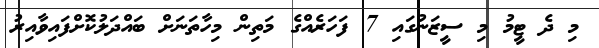
މި ދެ ޓީމު މި ސީޒަނުގައި 7 ފަހަރެއްގެ މަތިން މިހާތަނަށް ބައްދަލުކޮށްފައިވާއިރު